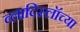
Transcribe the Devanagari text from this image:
व्लादिस्लॉच्या